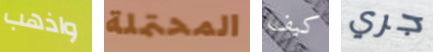
واذهب المحتملة كيف جري